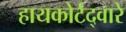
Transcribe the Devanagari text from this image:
हायकोर्टद्वारे